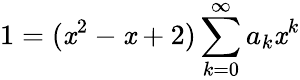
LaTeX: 1=(\mathit{x}^{2}-\mathit{x}+2)\sum_{k=0}^{\infty}a_{k}\mathit{x}^{k}